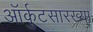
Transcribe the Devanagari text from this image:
ऑर्कुटसारख्या